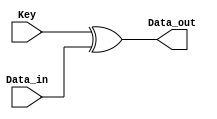
module AddRoundKey(
   input [127:0] Data_in,
   output [127:0] Data_out,
   input [127:0] Key
);
    assign Data_out = Key ^ Data_in;
endmodule